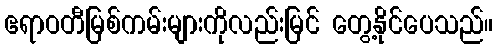
ဧရာဝတီမြစ်ကမ်းများကိုလည်းမြင် တွေ့နိုင်ပေသည်။